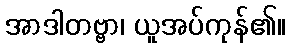
အာဒါတဗ္ဗာ၊ ယူအပ်ကုန်၏။